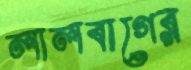
লালবাগের